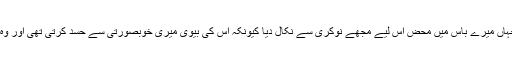
سٹیفنی نے بتایا ہے کہ ”میں ایک آفس میں نوکری کرتی تھی جہاں میرے باس میں محض اس لیے مجھے نوکری سے نکال دیا کیونکہ اس کی بیوی میری خوبصورتی سے حسد کرتی تھی اور وہ نہیں چاہتی تھی کہ میں اس کے شوہر کے آفس میں کام کروں۔